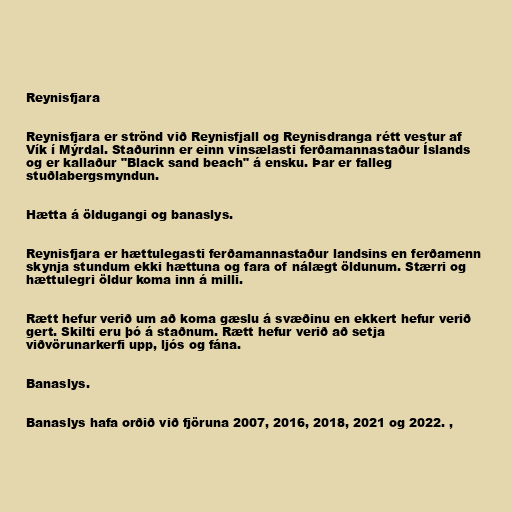
Reynisfjara

Reynisfjara er strönd við Reynisfjall og Reynisdranga rétt vestur af
Vík í Mýrdal. Staðurinn er einn vinsælasti ferðamannastaður Íslands
og er kallaður "Black sand beach" á ensku. Þar er falleg
stuðlabergsmyndun.

Hætta á öldugangi og banaslys.

Reynisfjara er hættulegasti ferðamannastaður landsins en ferðamenn
skynja stundum ekki hættuna og fara of nálægt öldunum. Stærri og
hættulegri öldur koma inn á milli.

Rætt hefur verið um að koma gæslu á svæðinu en ekkert hefur verið
gert. Skilti eru þó á staðnum. Rætt hefur verið að setja
viðvörunarkerfi upp, ljós og fána.

Banaslys.

Banaslys hafa orðið við fjöruna 2007, 2016, 2018, 2021 og 2022. ,